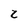
Character: z